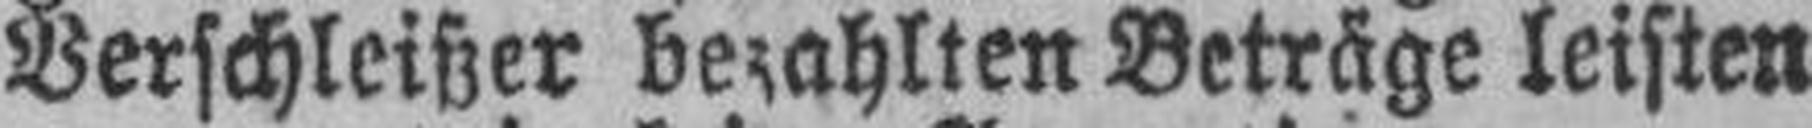
Verschleißer bezahlten Beträge leisten